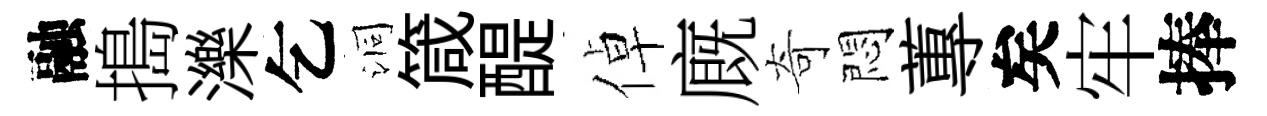
融搗濼乞洞箴醍倬廐奇悶蓴矣牢捧